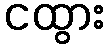
ငထွား